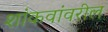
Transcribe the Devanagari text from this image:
शांकवांवरील